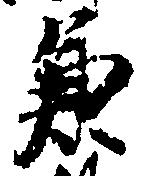
兼